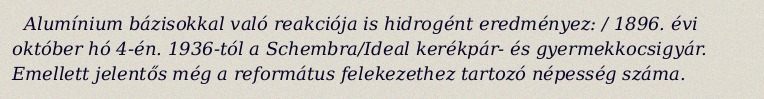
Alumínium bázisokkal való reakciója is hidrogént eredményez: / 1896. évi október hó 4-én. 1936-tól a Schembra/Ideal kerékpár- és gyermekkocsigyár. Emellett jelentős még a református felekezethez tartozó népesség száma.